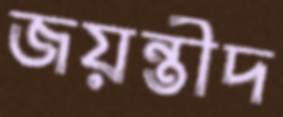
জয়ন্তীদ